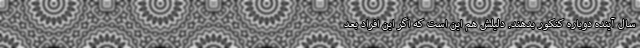
سال آینده دوباره کنکور بدهند. دلیلش هم این است که اگر این افراد بعد